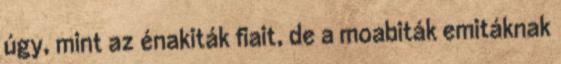
úgy, mint az énakiták fiait, de a moabiták emitáknak